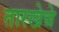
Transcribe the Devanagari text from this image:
तारखेचे